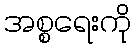
အစ္စရေးကို